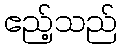
ဧည့်သည်